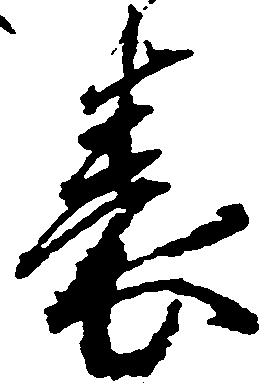
表